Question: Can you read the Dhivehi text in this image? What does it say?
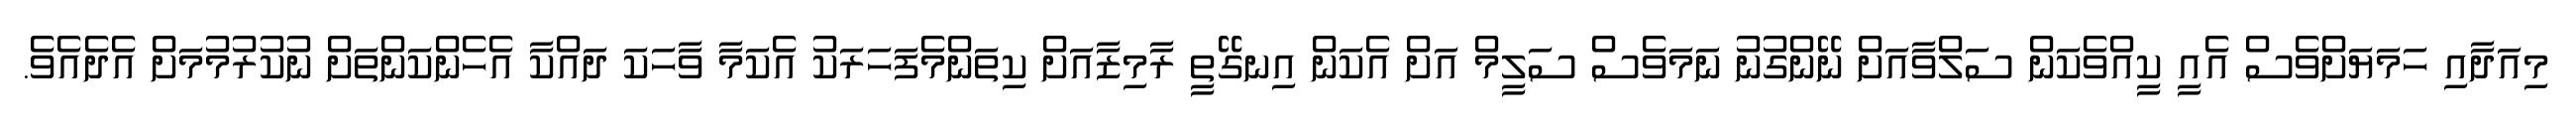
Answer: މިއަދާއި ހަމަޔަށްވެސް އެއީ ކީއްވެކަން ސަލްވާއަށް ނޭންގުނު ނަމަވެސް ސަލީމް އަށް އެކަން އިނގޭތީ ރާމިޒާއަށް ކިތަންމެފަހަރަކު އެކަމާ ވާހަކަ ދައްކާ އެހެންކަންތަށް ނުކުރުމުމަށް އެދެއެވެ.